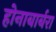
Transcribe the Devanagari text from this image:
होनाबार्बरा